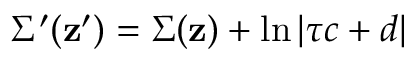
\Sigma ^ { \prime } ( { \bf z ^ { \prime } } ) = \Sigma ( { \bf z } ) + \ln \left| \tau c + d \right|